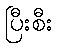
ပြီးစီး